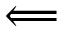
\Longleftarrow